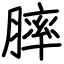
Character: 膟